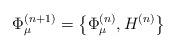
LaTeX: \begin{align*}\Phi^{(n+1)}_{\mu}=\left\{\Phi^{(n)}_{\mu}, H^{(n)} \right\}\end{align*}